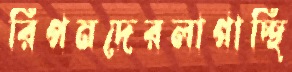
রিপনদেরলাগাচ্ছি